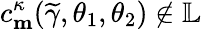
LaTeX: c_{\mathbf{m}}^{\kappa}(\widetilde{\gamma},\theta_{1},\theta_{2})\not\in\mathbb{L}